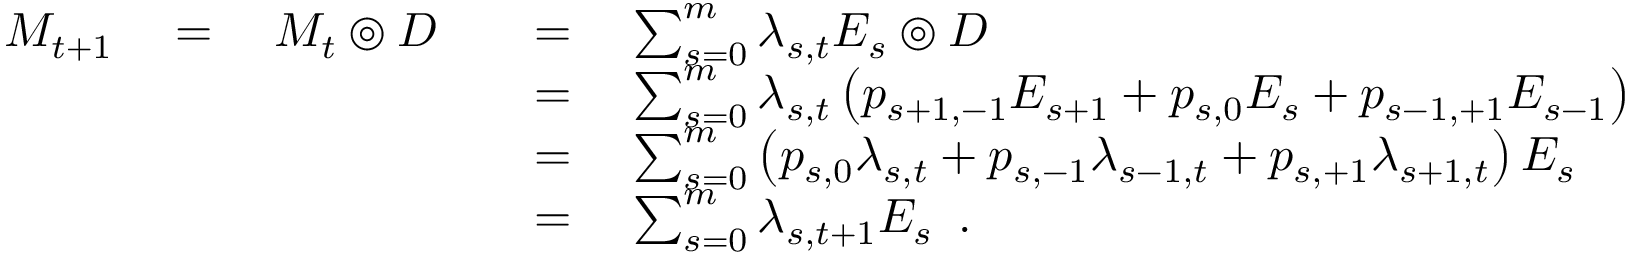
\begin{array} { r l } { M _ { t + 1 } \quad = \quad M _ { t } \circledcirc D \quad } & { = \quad \sum _ { s = 0 } ^ { m } \lambda _ { s , t } E _ { s } \circledcirc D } \\ & { = \quad \sum _ { s = 0 } ^ { m } \lambda _ { s , t } \left( p _ { s + 1 , - 1 } E _ { s + 1 } + p _ { s , 0 } E _ { s } + p _ { s - 1 , + 1 } E _ { s - 1 } \right) } \\ & { = \quad \sum _ { s = 0 } ^ { m } \left( p _ { s , 0 } \lambda _ { s , t } + p _ { s , - 1 } \lambda _ { s - 1 , t } + p _ { s , + 1 } \lambda _ { s + 1 , t } \right) E _ { s } } \\ & { = \quad \sum _ { s = 0 } ^ { m } \lambda _ { s , t + 1 } E _ { s } \enspace . } \end{array}